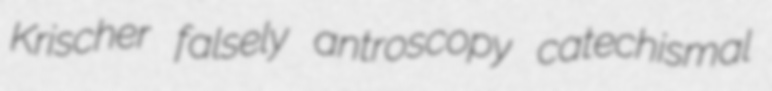
Krischer falsely antroscopy catechismal